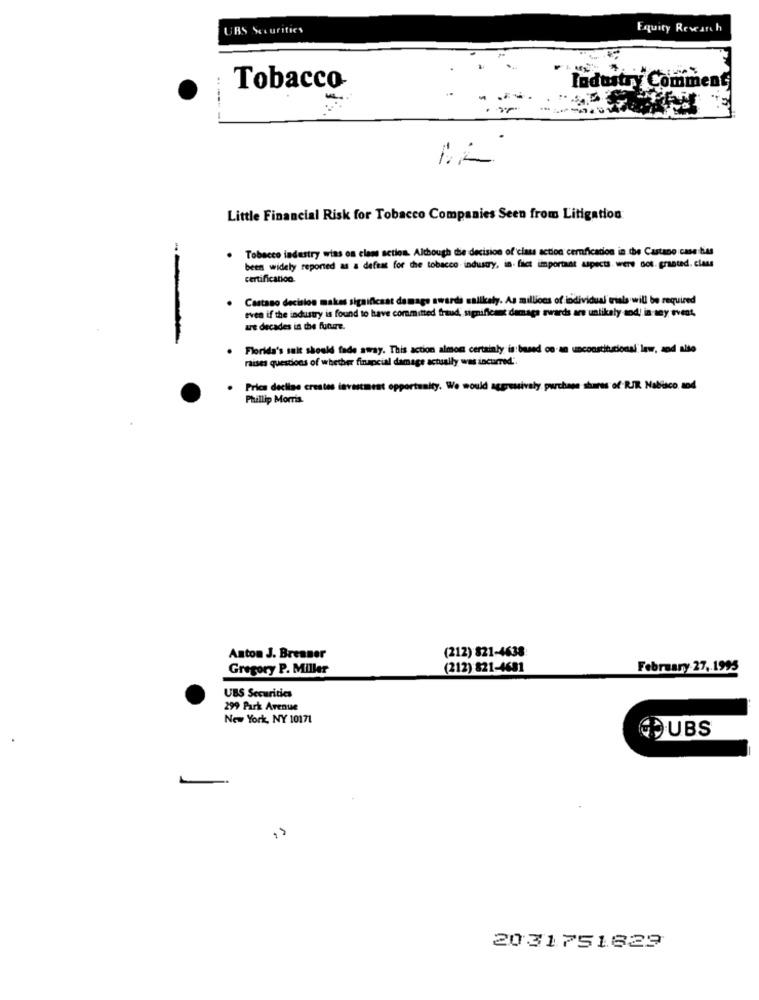
UBS Securities
Equity Research
Tobacco
Industry Comment
12
Little Financial Risk for Tobacco Companies Seen from Litigation
-
Tobacco industry wins on class action. Although the decision of class action cemficados in the Castano cmethius
.
been widely reported as a defeat for the tobacco industry, in fact important aspects wers dos. granted. class
certification.
Castaso decision makes significant damage awards sallkaly. As millions of individual trials will be required
even if the industry is found to have committed fraud, significant damage awards are unlikely sod! in any event,
at decades in the future.
Florida's suit should fade away. This action almost certainly is based on-an unconstitutional law, and alto
raises questions of whether financial damage actually was incurred".
. Frics decline creates investment opportunity. We would aggressively purchase shares of RJR Nabisco and
Phillip Morris
Anton J. Brenner
(212) 821-4638
Gregory P. Miller
(212) 821-4681
February 27, 1995
UBS Securities
299 Park Avenue
New York, NY 10171
UBS
1
2031751829